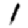
Digit: 1